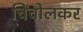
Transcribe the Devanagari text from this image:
चिंचोलकर